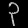
Digit: ၃